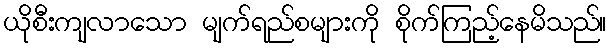
ယိုစီးကျလာသော မျက်ရည်စများကို စိုက်ကြည့်နေမိသည်။